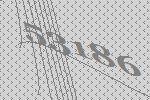
53186